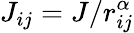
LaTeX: J_{ij}=J/r_{ij}^{\alpha}